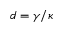
d = \gamma / \kappa